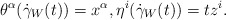
\begin{align*}\theta^\alpha(\dot\gamma_W(t)) = x^\alpha, \eta^i(\dot\gamma_W(t)) = tz^i.\end{align*}